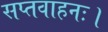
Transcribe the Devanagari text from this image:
सप्तवाहनः।